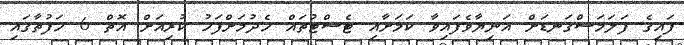
ފައިގެ ފަލަމަސްގަނޑަށް އަނިޔާވެފައިވާ ކަމަށާއި ޓެސްޓުތައް ހެދުމަށްފަހު ކުރިއަށް އޮތް 6 ހަފުތާގައި